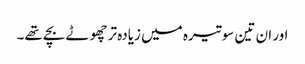
اور ان تین سو تیرہ میں زیادہ تر چھوٹے بچے تھے۔